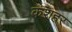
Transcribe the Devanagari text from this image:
कशहर